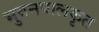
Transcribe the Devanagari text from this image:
भुवनपालकृत